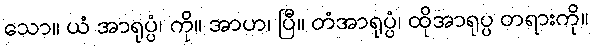
သော။ ယံ အာရုပ္ပံ၊ ကို။ အာဟ၊ ပြီ။ တံအာရုပ္ပံ၊ ထိုအာရုပ္ပ တရားကို။